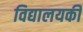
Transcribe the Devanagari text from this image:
विद्यालयकी